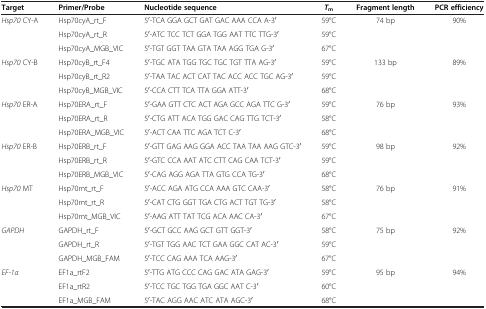
<table><thead><tr><td><b>Target</b></td><td><b>Primer/Probe</b></td><td><b>Nucleotide sequence</b></td><td><b><i>T</i><sub>m</sub></b></td><td><b>Fragment length</b></td><td><b>PCR efficiency</b></td></tr></thead><tbody><tr><td><i>Hsp70</i> CY-A</td><td>Hsp70cyA_rt_F</td><td>5<sup>′</sup>-TCA GGA GCT GAT GAC AAA CCA A-3<sup>′</sup></td><td>59°C</td><td>74 bp</td><td>90%</td></tr><tr><td> </td><td>Hsp70cyA_rt_R</td><td>5<sup>′</sup>-ATC TCC TCT GGA TGG AAT TTC TTG-3<sup>′</sup></td><td>59°C</td><td> </td><td> </td></tr><tr><td> </td><td>Hsp70cyA_MGB_VIC</td><td>5<sup>′</sup>-TGT GGT TAA GTA TAA AGG TGA G-3<sup>′</sup></td><td>67°C</td><td> </td><td> </td></tr><tr><td><i>Hsp70</i> CY-B</td><td>Hsp70cyB_rt_F4</td><td>5<sup>′</sup>-TGC ATA TGG TGC TGC TGT TTA AG-3<sup>′</sup></td><td>59°C</td><td>133 bp</td><td>89%</td></tr><tr><td> </td><td>Hsp70cyB_rt_R2</td><td>5<sup>′</sup>-TAA TAC ACT CAT TAC ACC ACC TGC AG-3<sup>′</sup></td><td>59°C</td><td> </td><td> </td></tr><tr><td> </td><td>Hsp70cyB_MGB_VIC</td><td>5<sup>′</sup>-CCA CTT TCA TTA GGA ATT-3<sup>′</sup></td><td>68°C</td><td> </td><td> </td></tr><tr><td><i>Hsp70</i> ER-A</td><td>Hsp70ERA_rt_F</td><td>5<sup>′</sup>-GAA GTT CTC ACT AGA GCC AGA TTC G-3<sup>′</sup></td><td>59°C</td><td>76 bp</td><td>93%</td></tr><tr><td> </td><td>Hsp70ERA_rt_R</td><td>5<sup>′</sup>-CTG ATT ACA TGG GAC CAG TTG TCT-3<sup>′</sup></td><td>58°C</td><td> </td><td> </td></tr><tr><td> </td><td>Hsp70ERA_MGB_VIC</td><td>5<sup>′</sup>-ACT CAA TTC AGA TCT C-3<sup>′</sup></td><td>68°C</td><td> </td><td> </td></tr><tr><td><i>Hsp70</i> ER-B</td><td>Hsp70ERB_rt_F</td><td>5<sup>′</sup>-GTT GAG AAG GGA ACC TAA TAA AAG GTC-3<sup>′</sup></td><td>59°C</td><td>98 bp</td><td>92%</td></tr><tr><td> </td><td>Hsp70ERB_rt_R</td><td>5<sup>′</sup>-GTC CCA AAT ATC CTT CAG CAA TCT-3<sup>′</sup></td><td>59°C</td><td> </td><td> </td></tr><tr><td> </td><td>Hsp70ERB_MGB_VIC</td><td>5<sup>′</sup>-CAG AGG AGA TTA GTG CCA TG-3<sup>′</sup></td><td>68°C</td><td> </td><td> </td></tr><tr><td><i>Hsp70</i> MT</td><td>Hsp70mt_rt_F</td><td>5<sup>′</sup>-ACC AGA ATG CCA AAA GTC CAA-3<sup>′</sup></td><td>58°C</td><td>76 bp</td><td>91%</td></tr><tr><td> </td><td>Hsp70mt_rt_R</td><td>5<sup>′</sup>-CAT CTG GGT TGA CTG ACT TGT TG-3<sup>′</sup></td><td>58°C</td><td> </td><td> </td></tr><tr><td> </td><td>Hsp70mt_MGB_VIC</td><td>5<sup>′</sup>-AAG ATT TAT TCG ACA AAC CA-3<sup>′</sup></td><td>67°C</td><td> </td><td> </td></tr><tr><td><i>GAPDH</i></td><td>GAPDH_rt_F</td><td>5<sup>′</sup>-GCT GCC AAG GCT GTT GGT-3<sup>′</sup></td><td>58°C</td><td>75 bp</td><td>92%</td></tr><tr><td> </td><td>GAPDH_rt_R</td><td>5<sup>′</sup>-TGT TGG AAC TCT GAA GGC CAT AC-3<sup>′</sup></td><td>59°C</td><td> </td><td> </td></tr><tr><td> </td><td>GAPDH_MGB_FAM</td><td>5<sup>′</sup>-TCC CAG AAA TCA AAG-3<sup>′</sup></td><td>67°C</td><td> </td><td> </td></tr><tr><td><i>EF-1a</i></td><td>EF1a_rtF2</td><td>5<sup>′</sup>-TTG ATG CCC CAG GAC ATA GAG-3<sup>′</sup></td><td>59°C</td><td>95 bp</td><td>94%</td></tr><tr><td> </td><td>EF1a_rtR2</td><td>5<sup>′</sup>-TCC TGC TGG TGA GGC AAT C-3<sup>′</sup></td><td>60°C</td><td> </td><td> </td></tr><tr><td> </td><td>EF1a_MGB_FAM</td><td>5<sup>′</sup>-TAC AGG AAC ATC ATA AGC-3<sup>′</sup></td><td>68°C</td><td> </td><td> </td></tr></tbody></table>